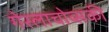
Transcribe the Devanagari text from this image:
गेरलाचोव्सकी